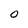
Character: 0